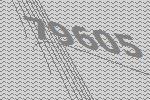
79605